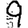
Digit: 9